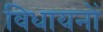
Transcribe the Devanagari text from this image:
विधायनों